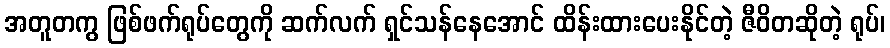
အတူတကွ ဖြစ်ဖက်ရုပ်တွေကို ဆက်လက် ရှင်သန်နေအောင် ထိန်းထားပေးနိုင်တဲ့ ဇီဝိတဆိုတဲ့ ရုပ်၊